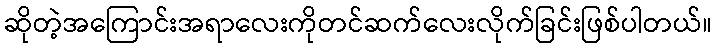
ဆိုတဲ့အကြောင်းအရာလေးကိုတင်ဆက်လေးလိုက်ခြင်းဖြစ်ပါတယ်။